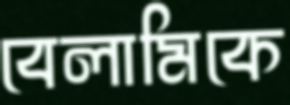
বেলামিকে